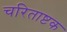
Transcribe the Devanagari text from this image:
चरिताष्टक